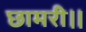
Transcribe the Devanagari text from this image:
छामरी।।